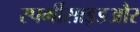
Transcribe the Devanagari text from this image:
स्पर्मीसाइडऔर